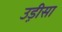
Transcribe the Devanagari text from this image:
उड़़ीसा